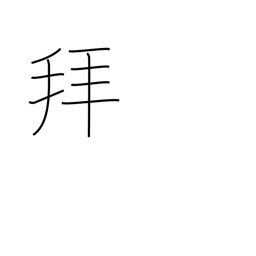
Meaning: pray to